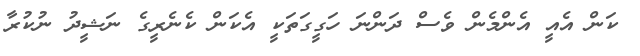
ކަން އެއީ އެންމެން ވެސް ދަންނަ ހަގީގަތަކީ އެކަން ކެނެރީގެ ނަޝީދު ނުކުރާ